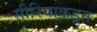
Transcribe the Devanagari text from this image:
सीरियाकडून